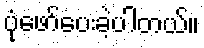
ပုံဖော်ပေးခဲ့ပါတယ်။